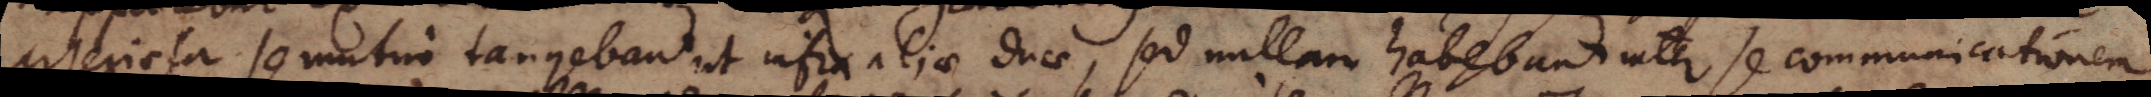
arteriosa se mutuo tangebant ut infra aliae duae, sed nullam habebant inter se communicationem